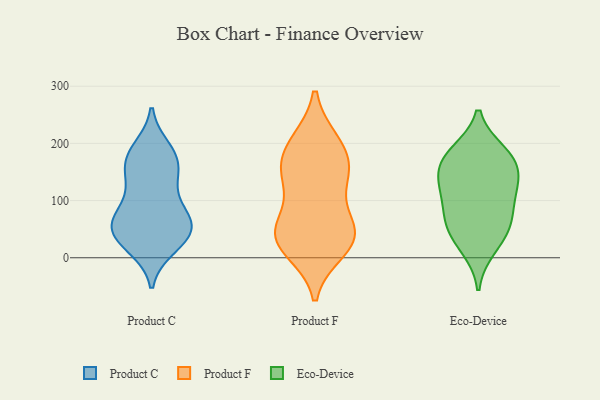
{"axis": {"x": "Inventory Turnover", "y": "Value"}, "legend": ["Eco-Device", "Product C", "Product F"], "data": [{"x": "", "y": 151, "type": "Product C"}, {"x": "", "y": 127, "type": "Product C"}, {"x": "", "y": 76, "type": "Product C"}, {"x": "", "y": 176, "type": "Product C"}, {"x": "", "y": 61, "type": "Product C"}, {"x": "", "y": 67, "type": "Product C"}, {"x": "", "y": 35, "type": "Product C"}, {"x": "", "y": 19, "type": "Product C"}, {"x": "", "y": 128, "type": "Product C"}, {"x": "", "y": 60, "type": "Product C"}, {"x": "", "y": 27, "type": "Product C"}, {"x": "", "y": 190, "type": "Product C"}, {"x": "", "y": 77, "type": "Product C"}, {"x": "", "y": 170, "type": "Product C"}, {"x": "", "y": 36, "type": "Product C"}, {"x": "", "y": 178, "type": "Product C"}, {"x": "", "y": 50, "type": "Product C"}, {"x": "", "y": 40, "type": "Product F"}, {"x": "", "y": 198, "type": "Product F"}, {"x": "", "y": 144, "type": "Product F"}, {"x": "", "y": 49, "type": "Product F"}, {"x": "", "y": 16, "type": "Product F"}, {"x": "", "y": 200, "type": "Product F"}, {"x": "", "y": 43, "type": "Product F"}, {"x": "", "y": 36, "type": "Product F"}, {"x": "", "y": 142, "type": "Product F"}, {"x": "", "y": 176, "type": "Product F"}, {"x": "", "y": 135, "type": "Product F"}, {"x": "", "y": 41, "type": "Product F"}, {"x": "", "y": 41, "type": "Eco-Device"}, {"x": "", "y": 17, "type": "Eco-Device"}, {"x": "", "y": 184, "type": "Eco-Device"}, {"x": "", "y": 57, "type": "Eco-Device"}, {"x": "", "y": 85, "type": "Eco-Device"}, {"x": "", "y": 126, "type": "Eco-Device"}, {"x": "", "y": 67, "type": "Eco-Device"}, {"x": "", "y": 180, "type": "Eco-Device"}, {"x": "", "y": 170, "type": "Eco-Device"}, {"x": "", "y": 159, "type": "Eco-Device"}, {"x": "", "y": 130, "type": "Eco-Device"}, {"x": "", "y": 119, "type": "Eco-Device"}]}